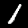
Label: 1